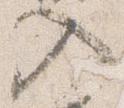
入